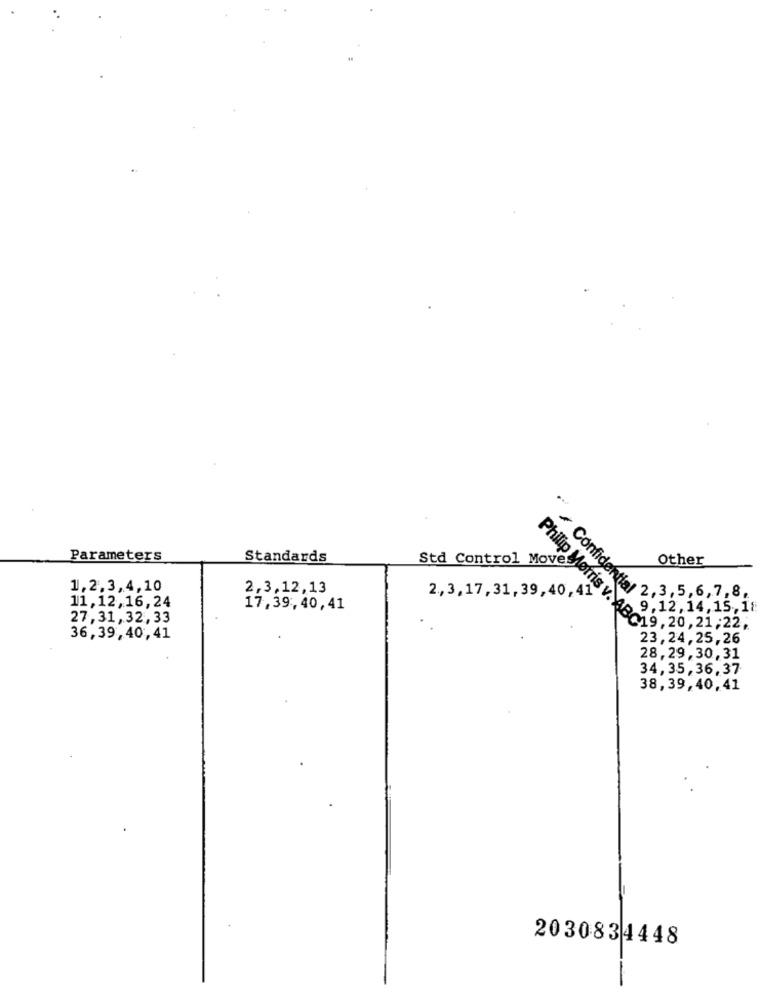
Parameters
Standards
Std Control Moves
Other
1,2,3,4,10
2,3,12,13
2, 3,17, 31, 39, 40,41
11,12,16,24
Confidentfor 2 3+101/18
17,39,40,41
9.12,14,15,18
27,31,32,33
Philip Morris v. 4819, 20,21,22
36,39,40,41
23,24,25,26
28.29,30,31
34,35,36,37
38,39,40,41
2030834448
-